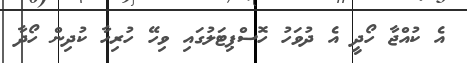
އެ ކުއްޖާ ހޯދީ އެ ދުވަހު ހޮސްޕިޓަލުގައި ވިހޭ ހުރިހާ ކުދިން ހޯދާ